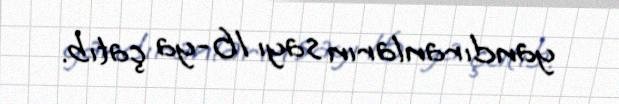
yandıranların sayı 16-ya çatıb.